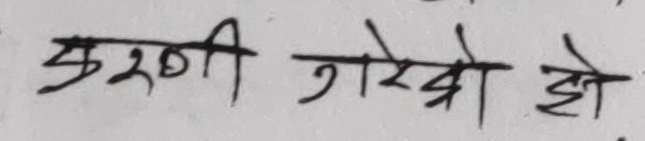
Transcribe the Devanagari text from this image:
सुरुणी गरेको हो